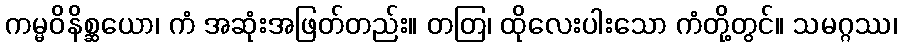
ကမ္မဝိနိစ္ဆယော၊ ကံ အဆုံးအဖြတ်တည်း။ တတြ၊ ထိုလေးပါးသော ကံတို့တွင်။ သမဂ္ဂဿ၊